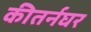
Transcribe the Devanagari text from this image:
कीतर्नघर